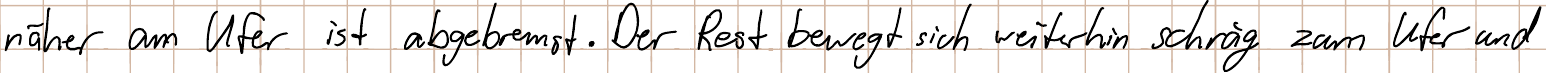
näher am Ufer ist abgebremst. Der Rest bewegt sich weiterhin schräg zum Ufer und